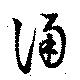
誦